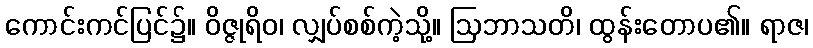
ကောင်းကင်ပြင်၌။ ဝိဇ္ဇုရိဝ၊ လျှပ်စစ်ကဲ့သို့။ ဩဘာသတိ၊ ထွန်းတောပ၏။ ရာဇ၊